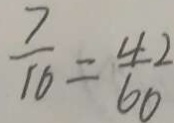
\frac { 7 } { 1 6 } = \frac { 4 2 } { 6 0 }